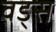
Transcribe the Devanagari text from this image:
वड्स